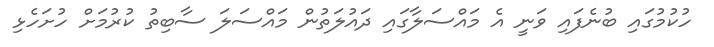
ހުކުމުގައި ބުނެފައި ވަނީ އެ މައްސަލާގައި ދައުލަތުން މައްސަލަ ސާބިތު ކުރުމަށް ހުށަހެޅި